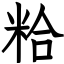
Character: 粭